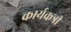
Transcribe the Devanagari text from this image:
कार्यकत्री